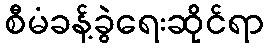
စီမံခန့်ခွဲရေးဆိုင်ရာ